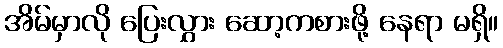
အိမ်မှာလို ပြေးလွှား ဆော့ကစားဖို့ နေရာ မရှိ။